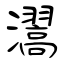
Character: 瀥